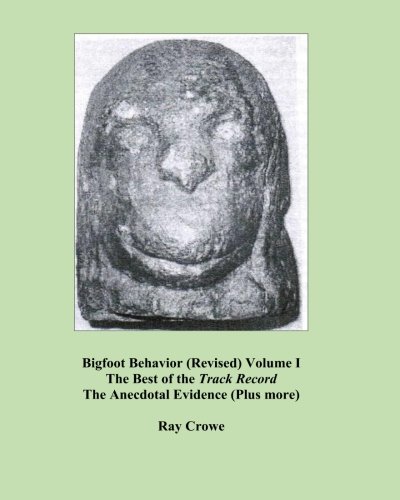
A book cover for Bigfoot Behavior (REVISED) Volume I; Ray Crowe; Science & Math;